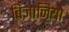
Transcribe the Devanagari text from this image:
विज्ञानियो